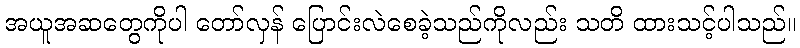
အယူအဆတွေကိုပါ တော်လှန် ပြောင်းလဲစေခဲ့သည်ကိုလည်း သတိ ထားသင့်ပါသည်။